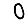
Digit: 0